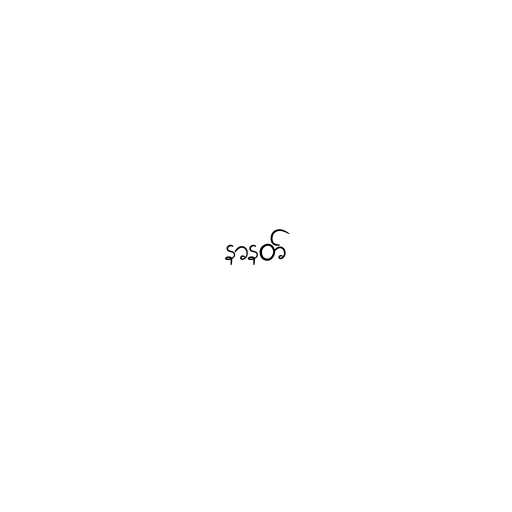
နာနတ်